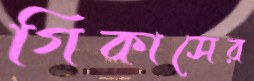
গিকাসের